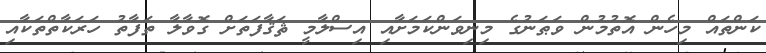
ކަންތައް މިހެން އޮތުމުން ވަޠަނުގެ މިނިވަންކަމަށާއި އިސްލާމީ ޘަޤާފަތަށް ގޮވާލާ ތަފާތު ހަރަކާތްތަކާއި